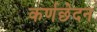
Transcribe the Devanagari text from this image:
कर्णछेदन